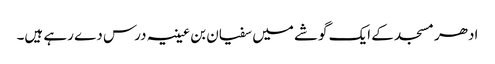
ادھر مسجد کے ایک گوشے میں سفیان بن عیینہ درس دے رہے ہیں۔